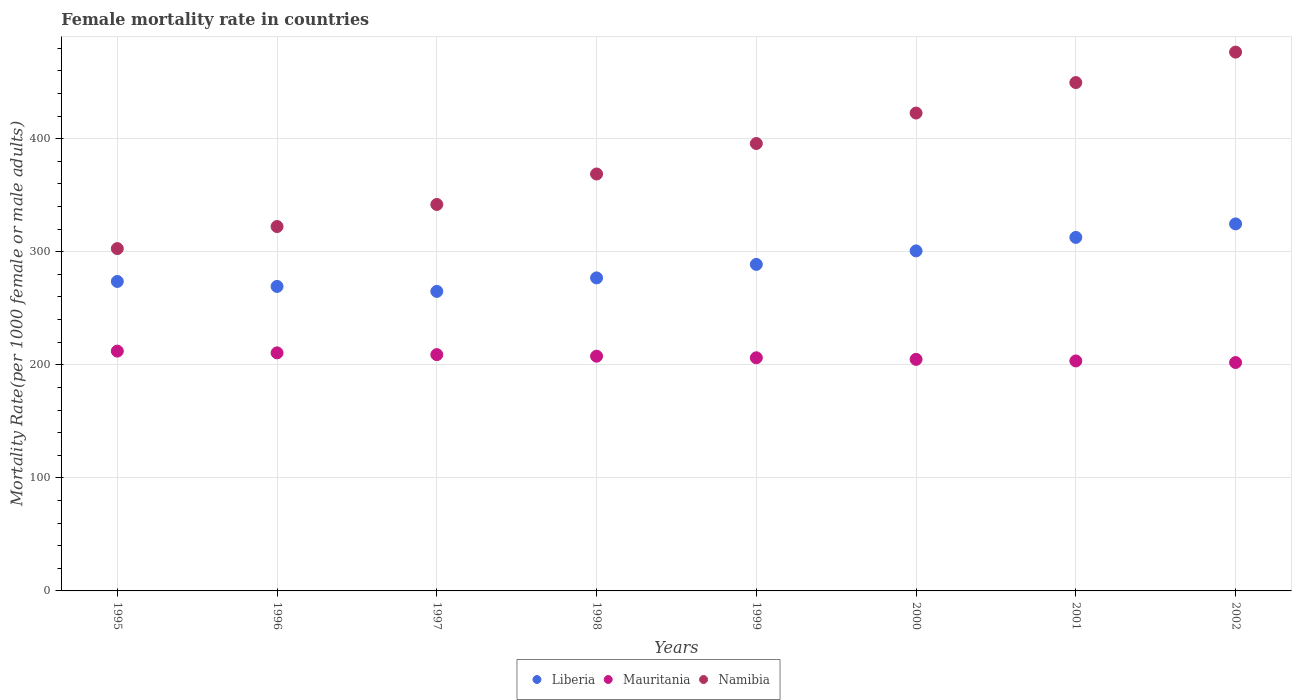
| Years | Liberia | Mauritania | Namibia |
 | --- | --- | --- | --- |
 | 1995 | 274 | 212 | 303 |
 | 1996 | 269 | 211 | 322 |
 | 1997 | 265 | 209 | 342 |
 | 1998 | 277 | 208 | 369 |
 | 1999 | 289 | 206 | 396 |
 | 2000 | 301 | 205 | 423 |
 | 2001 | 313 | 203 | 450 |
 | 2002 | 325 | 202 | 477 |